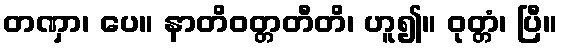
တဏှာ၊ ပေ။ နာတိဝတ္တတီတိ၊ ဟူ၍။ ဝုတ္တံ၊ ပြီ။